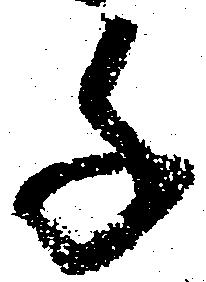
千